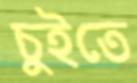
চুইতে